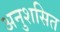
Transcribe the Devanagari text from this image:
अनुशसित